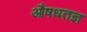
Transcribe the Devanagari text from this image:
औषधतज्ञ